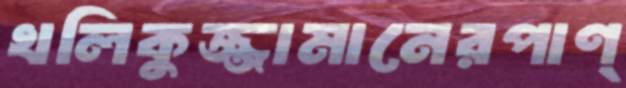
খলিকুজ্জামানেরপাণ্